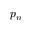
p _ { n }